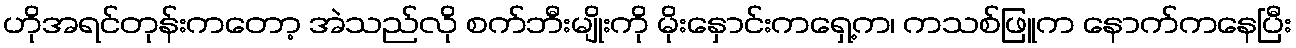
ဟိုအရင်တုန်းကတော့ အဲသည်လို စက်ဘီးမျိုးကို မိုးနှောင်းကရှေ့က၊ ကသစ်ဖြူက နောက်ကနေပြီး